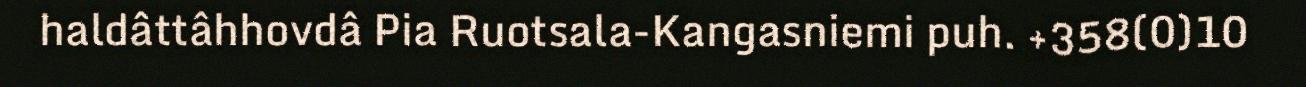
haldâttâhhovdâ Pia Ruotsala-Kangasniemi puh. +358(0)10